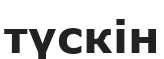
түскін